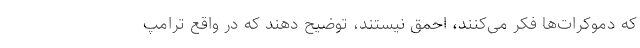
که دموکرات‌ها فکر می‌کنند، احمق نیستند، توضیح دهند که در واقع ترامپ